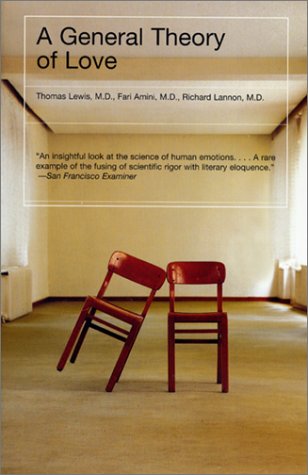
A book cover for A General Theory of Love; Thomas Lewis; Medical Books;